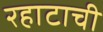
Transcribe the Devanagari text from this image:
रहाटाची